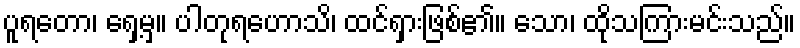
ပူရတော၊ ရှေ့မှ။ ပါတုရဟောသိ၊ ထင်ရှားဖြစ်၏။ သော၊ ထိုသကြားမင်းသည်။